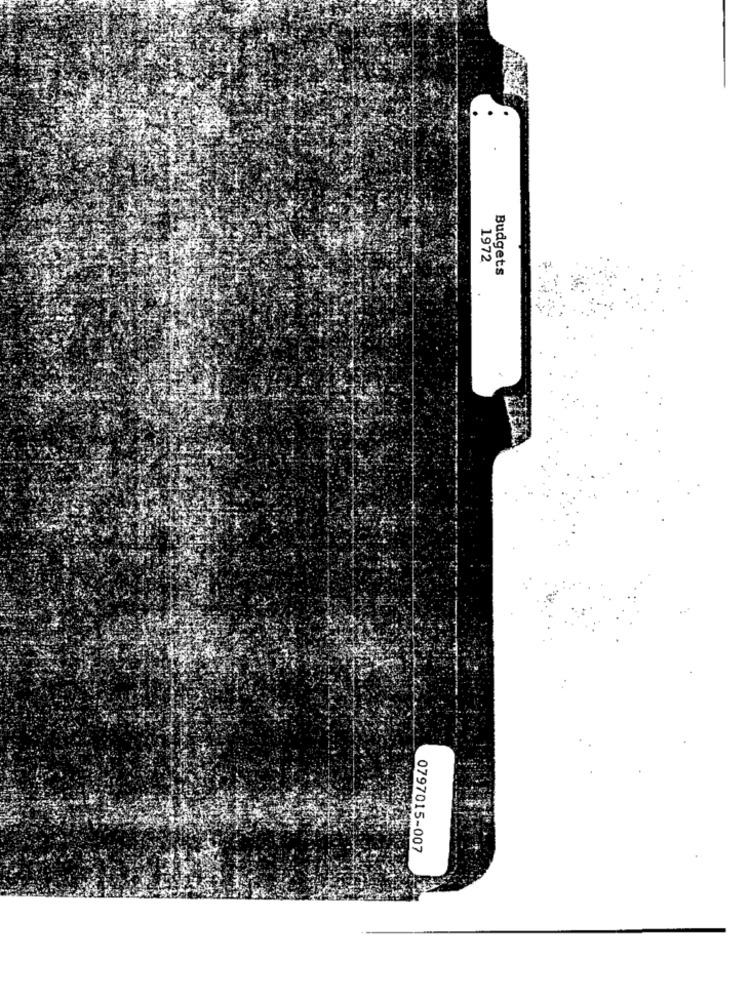
1972
Budgets
0797015-007